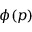
\phi ( p )